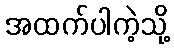
အထက်ပါကဲ့သို့